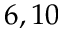
6 , 1 0